Report on the nature of kala-azar
Disease focus: Kala-Azar
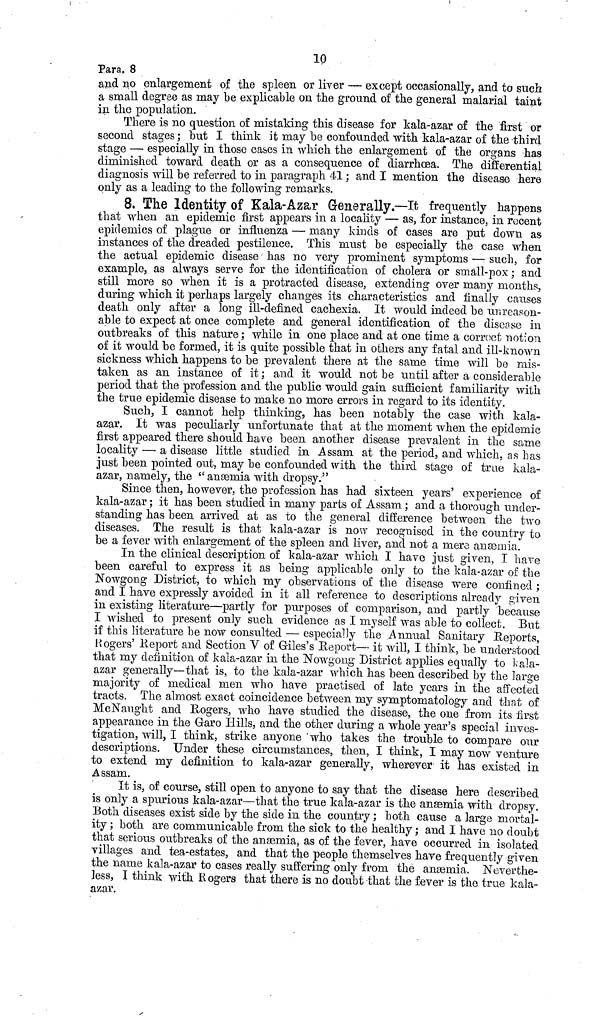
10
Para. 8
and no enlargement of the spleen or liver — except occasionally, and to such
a small degree as may be explicable on the ground of the general malarial taint
in the population.
There is no question of mistaking this disease for kala-azar of the first or
second stages ; but I think it may be confounded with kala-azar of the -third
stage — especially in those cases in which the enlargement of the organs has
diminished toward death or as a consequence of diarrhœa. The differential
diagnosis will be referred to in paragraph 41 ; and I mention the disease here
only as a leading to the following remarks.
8. The Identity of Kala-Azar Generally.—It frequently happens
that when an epidemic first appears in a locality — as, for instance, in recent
epidemics of plague or influenza — many kinds of cases are put down as
instances of the dreaded pestilence. This must be especially the case when
the actual epidemic disease has no very prominent symptoms — such, for
example, as always serve for the identification of cholera or small-pox ; and
still more so when it is a protracted disease, extending over many months,
during which it perhaps largely changes its characteristics and finally causes
death only after a long ill-defined cachexia. It would indeed be unreason-
able to expect at once complete and general identification of the disease in
outbreaks of this nature; while in one place and at one time a corroct notion
of it would be formed, it is quite possible that in others any fatal and ill-known
sickness which happens to be prevalent there at the same time will be mis-
taken as an instance of it ; and it would not be until after a considerable
period that the profession and the public would gain sufficient familiarity with
the true epidemic disease to make no more errors in regard to its identity.
Such, I cannot help thinking, has been notably the case with kala-
azar. It was peculiarly unfortunate that at the moment when the epidemic
first appeared there should have been another disease prevalent in the same
locality — a disease little studied in Assam at the period, and which, as has
just been pointed out, may be confounded with the third stage of true kala-
azar, namely, the "anaemia with dropsy."
Since then, however, the profession has had sixteen years' experience of
kala-azar ; it has been studied in many parts of Assam ; and a thorough under-
standing has been arrived at as to the general difference between the two
diseases. The result is that kala-azar is now recognised in the country to
be a fever with enlargement of the spleen and liver, and not a mere anæmia.
In the clinical description of kala-azar which I have just given, I have
been careful to express it as being applicable only to the kala-azar of the
Nowgoug District, to which my observations of the disease were confined ;
and I have expressly avoided in it all reference to descriptions already given
in existing literature—partly for purposes of comparison, and partly because
I wished to present only such evidence as I myself was able to collect. But
if this literature be now consulted — especially the Annual Sanitary Reports,
Rogers' Report and Section V of Giles's Report— it will, I think, be understood
that nay definition of kala-azar in the Nowgong District applies equally to kala-
azar generally—that is, to the kala-azar which has been described by the large
majority of medical men who have practised of late years in the affected
tracts. The almost exact coincidence between nay symptomatology and that of
Mc Naught and Rogers, who have studied the disease, the one from its first
appearance in the Garo Hills, and the other during a whole year's special inves-
tigation, will, I think, strike anyone who takes the trouble to compare our
descriptions. Under these circumstances, then, I think, I may now venture
to extend my definition to kala-azar generally, wherever it has existed in
Assam.
It is, of course, still open to anyone to say that the disease here described
is only a spurious kala-azar—that the true kala-azar is the anæmia with dropsy.
Both diseases exist side by the side in the country ; both cause a large mortal-
ity ; both are communicable from the sick to the healthy ; and I have no doubt
that serious outbreaks of the anæmia, as of the fever, have occurred in isolated
villages and tea-estates, and that the people themselves have frequently given
the name kala-azar to cases really suffering only from the anaemia. Neverthe-
less, I think with Rogers that there is no doubt that the fever is the true kala-
azar.